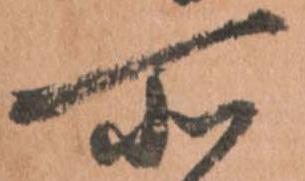
所